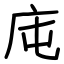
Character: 庉